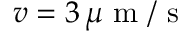
v = 3 \, \mu \mathrm { ~ m ~ } / \mathrm { ~ s ~ }